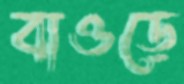
বাওড়ে